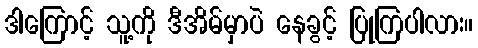
ဒါကြောင့် သူ့ကို ဒီအိမ်မှာပဲ နေခွင့် ပြုကြပါလား။